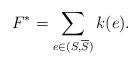
LaTeX: \begin{align*}F^{\ast} = \sum\limits_{e\in (S,\overline{S})} k(e).\end{align*}